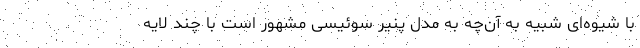
با شیوه‌ای شبیه به آن‌چه به مدل پنیر سوئیسی مشهور است با چند لایه